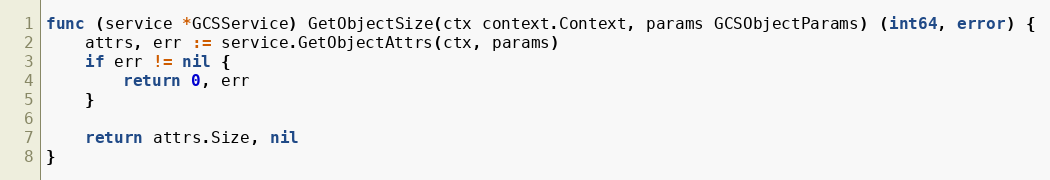
Language: Go
func (service *GCSService) GetObjectSize(ctx context.Context, params GCSObjectParams) (int64, error) {
	attrs, err := service.GetObjectAttrs(ctx, params)
	if err != nil {
		return 0, err
	}

	return attrs.Size, nil
}